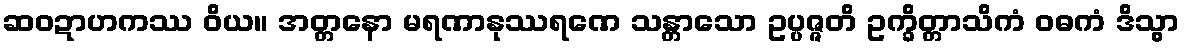
ဆဝဍာဟကဿ ဝိယ။ အတ္တနော မရဏာနုဿရဏေ သန္တာသော ဥပ္ပဇ္ဇတိ ဥက္ခိတ္တာသိကံ ဝဓကံ ဒိသွာ